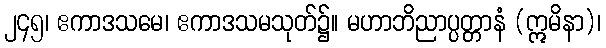
၂၄၅၊ ဧကာဒသမေ၊ ဧကာဒသမသုတ်၌။ မဟာဘိညာပ္ပတ္တာနံ (ဣမိနာ)၊